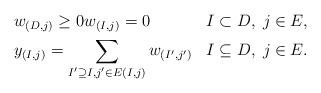
LaTeX: \begin{align*}\begin{aligned}&w_{(D,j)} \geq 0 w_{(I,j)} = 0 && I \subset D,\; j \in E, \\&y_{(I,j)} = \sum_{I' \supseteq I, j' \in E(I,j)}w_{(I',j')} && I \subseteq D,\; j \in E. \end{aligned}\end{align*}